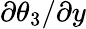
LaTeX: {{\partial\theta_{3}}/{\partial y}}